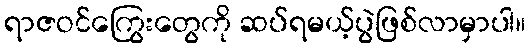
ရာဇဝင်ကြွေးတွေကို ဆပ်ရမယ့်ပွဲဖြစ်လာမှာပါ။